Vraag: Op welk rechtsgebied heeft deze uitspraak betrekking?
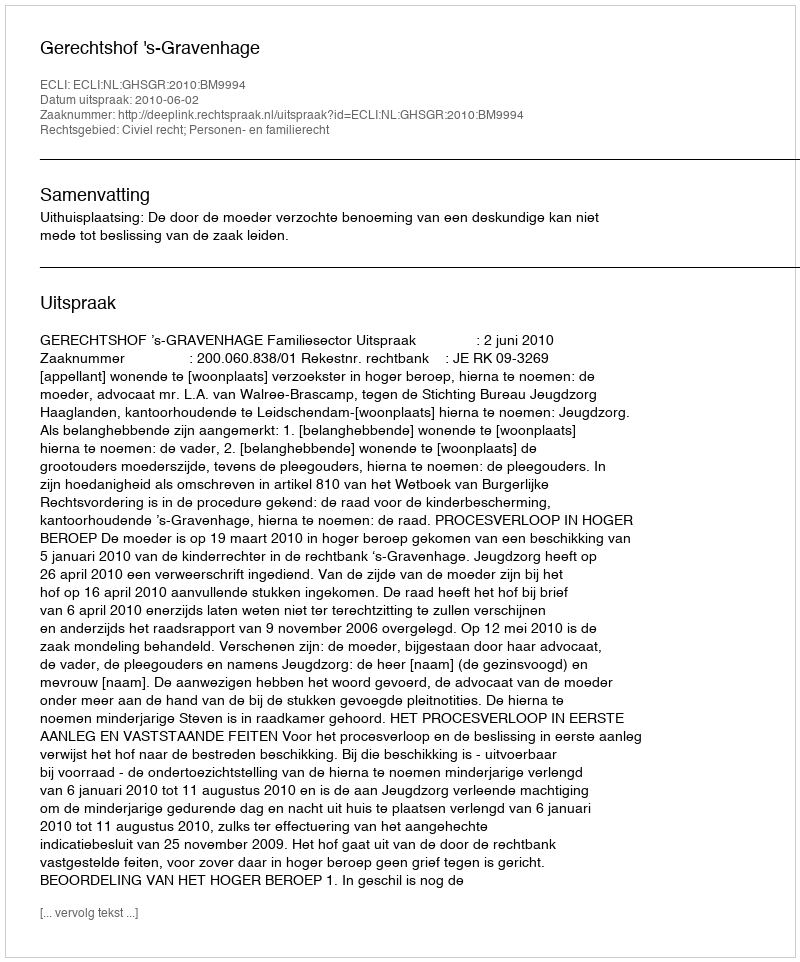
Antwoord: Civiel recht; Personen- en familierecht